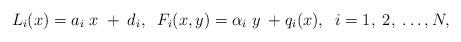
LaTeX: \begin{align*} L_{i}(x)= a_{i}\; x\; + \; d_{i}, \; \; F_{i}(x,y)= \alpha_{i} \; y \; + q_{i}(x), \; \; i=1, \; 2, \; \dotsc, N, \end{align*}